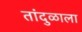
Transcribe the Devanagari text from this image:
तांदुळाला